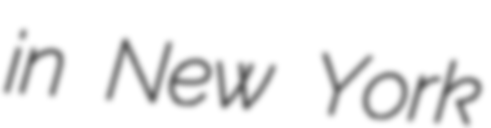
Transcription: in New York